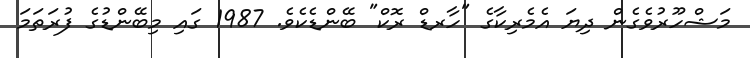
މަޝްހޫރުވެގެން ދިޔަ އެމެރިކާގެ "ހާރޑް ރޮކް" ބޭންޑެކެވެ. 1987 ގައި މިބޭންޑުގެ ފުރަތަމަ